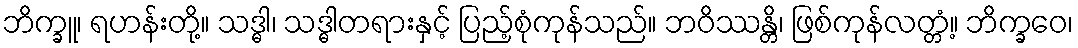
ဘိက္ခူ၊ ရဟန်းတို့။ သဒ္ဓါ၊ သဒ္ဓါတရားနှင့် ပြည့်စုံကုန်သည်။ ဘဝိဿန္တိ၊ ဖြစ်ကုန်လတ္တံ့။ ဘိက္ခဝေ၊